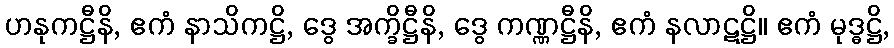
ဟနုကဋ္ဌီနိ, ဧကံ နာသိကဋ္ဌိ, ဒွေ အက္ခိဋ္ဌီနိ, ဒွေ ကဏ္ဏဋ္ဌီနိ, ဧကံ နလာဋဋ္ဌိ။ ဧကံ မုဒ္ဓဋ္ဌိ,